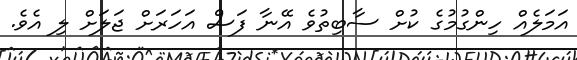
އަމަލެއް ހިންގުމުގެ ކުށް ސާބިތުވެ އޭނާ ފަސް އަހަރަށް ޖަލަށް ލި އެވެ.